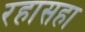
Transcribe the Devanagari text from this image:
रहासहा